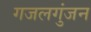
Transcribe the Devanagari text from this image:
गजलगुंजन